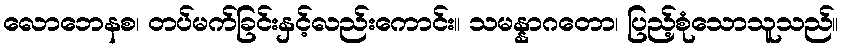
လောဘေနစ၊ တပ်မက်ခြင်းနှင့်လည်းကောင်း။ သမန္နာဂတော၊ ပြည့်စုံသောသူသည်။